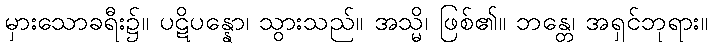
မှားသောခရီး၌။ ပဋိပန္နော၊ သွားသည်။ အသ္မိ၊ ဖြစ်၏။ ဘန္တေ၊ အရှင်ဘုရား။